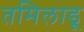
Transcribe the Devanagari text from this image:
तमिलाडू